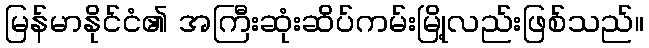
မြန်မာနိုင်ငံ၏ အကြီးဆုံးဆိပ်ကမ်းမြို့လည်းဖြစ်သည်။